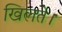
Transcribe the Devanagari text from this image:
खिलते।